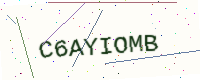
Text: C6AYIOMB